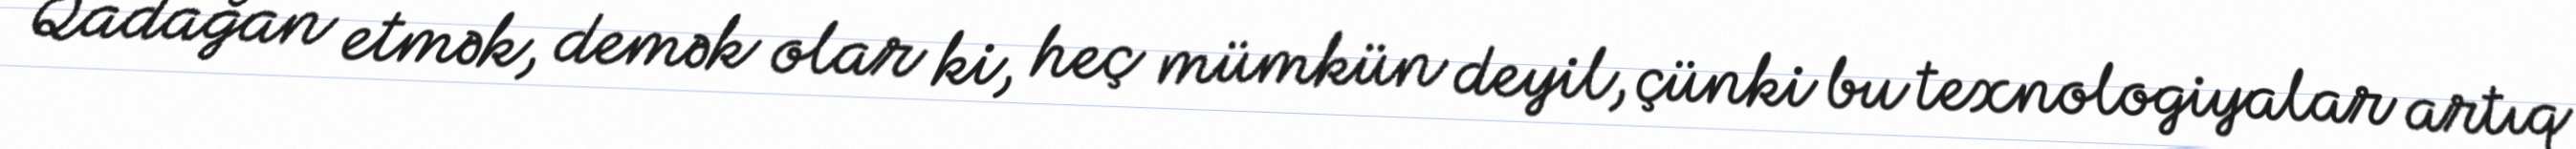
Qadağan etmək, demək olar ki, heç mümkün deyil, çünki bu texnologiyalar artıq